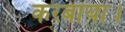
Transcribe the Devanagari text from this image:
करबाया।